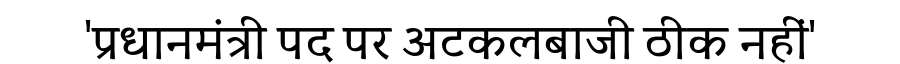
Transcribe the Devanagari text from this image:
'प्रधानमंत्री पद पर अटकलबाजी ठीक नहीं'